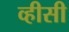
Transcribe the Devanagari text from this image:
व्हीसी